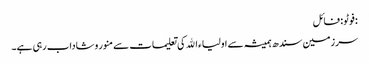
:فوٹو : فائل
سرزمین سندھ ہمیشہ سے اولیاء اﷲ کی تعلیمات سے منور وشاداب رہی ہے۔